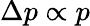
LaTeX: \Delta p\propto p